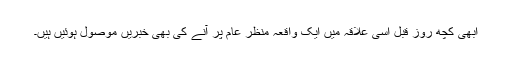
ابھی کچھ روز قبل اسی علاقہ میں ایک واقعہ منظر عام پر آنے کی بھی خبریں موصول ہوئیں ہیں۔